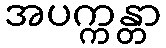
အပက္ကန္တာ